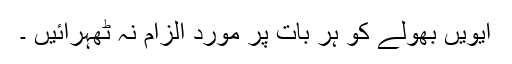
ایویں بھولے کو ہر بات پر موردِ الزام نہ ٹھہرائیں ۔